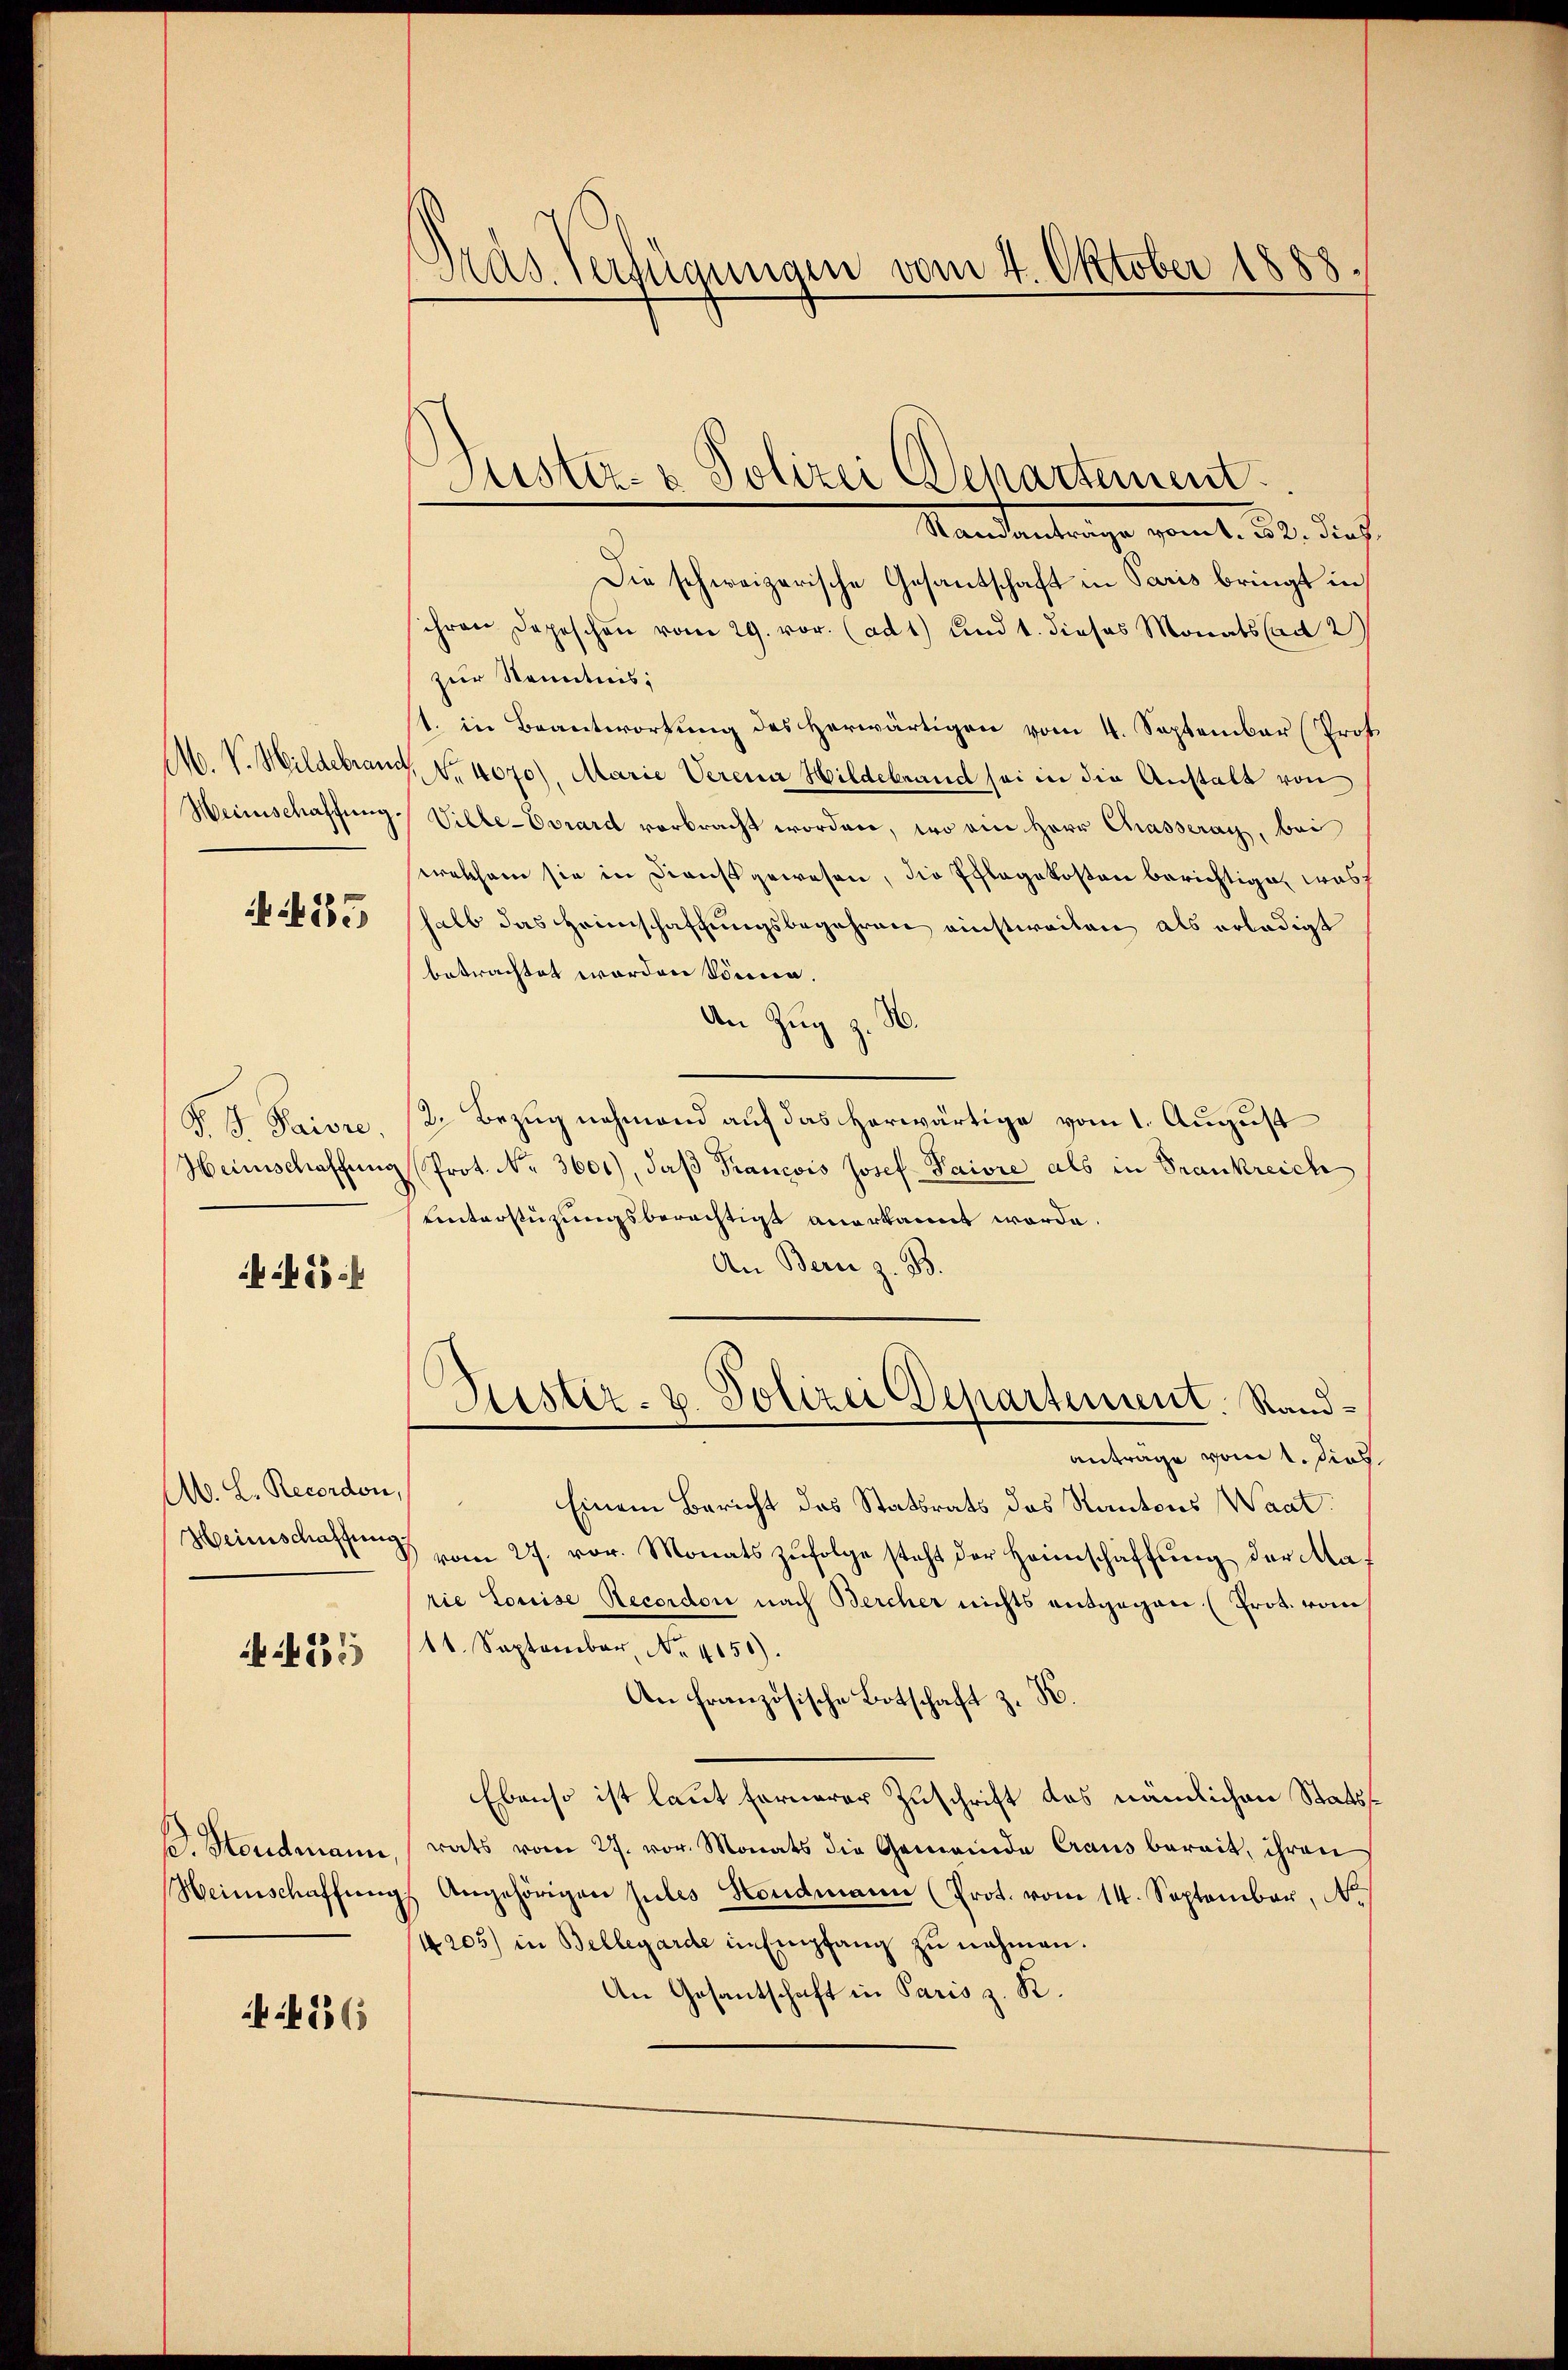
425

P. P. Paiore.
Heinschaffung

f 55 x

A. L. Recordon,

4335

B. Stendmann
Heinschaffen

336

Dras Verfügungen vom 4. Oktober 1888

Die schweizerische Gesantschaft in Paris bringt in
ihren Depeschen vom 29. vor. (ad 1) und 1. dieses Monats ad 2
zur Kenntnis:
1. in Beantwortung des Herwärtigen vom 4. September (Prof.
M. V. Hildebrand, N. 4070), Marie Verena Hildebrand sei in die Anstalt von
Heinschaffung. Ville-Vorard vorbracht worden, wo ein Herr Chasseray, bei
Krokham sie in Dienst gewesen, die Schlagekosten berichtigen, was
halb das Heimschaffungsbegehren einstweilen als erledigt
betrachtet worden können.
An Zug z. H.
2. Bezug nehmend auf das herwärtige vom 1. August
zProt. Nr. 3601), daß Francois Josef Paivre als in Frankreich
unterstüzungsberechtigt anerkannt werde.
An Bern z. B.
Justiz- u. Polizei Departement. Randanträge vom 1. Dies
Einem Bericht das Statsrats das Kantons Waat.
Heimschaftung vom 27. vor. Monats zŭfolge steht der Heimschaffŭng der Maf
rie Louise Recordon nach Bercher nichts entgegen (Prot. vom
11. September, No. 4150).
An französische Botschaft z. B.
Ebenso ist laut fernerer Zuschrift das nämlichen Statsrats vom 27. vor. Monats die Gemeinde Craus bereit, ihren
gs Angehörigen stes Hondmann (Prot. vom 14. September, N
14205) in Bellegarde in Empfang zu nehmen.
An Gesantschaft in Paris z. R.

Justiz- & Polizei Departement.
Standeantrage vom 1. 20. dies